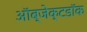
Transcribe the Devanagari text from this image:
ऑब्जेक्टडॉक